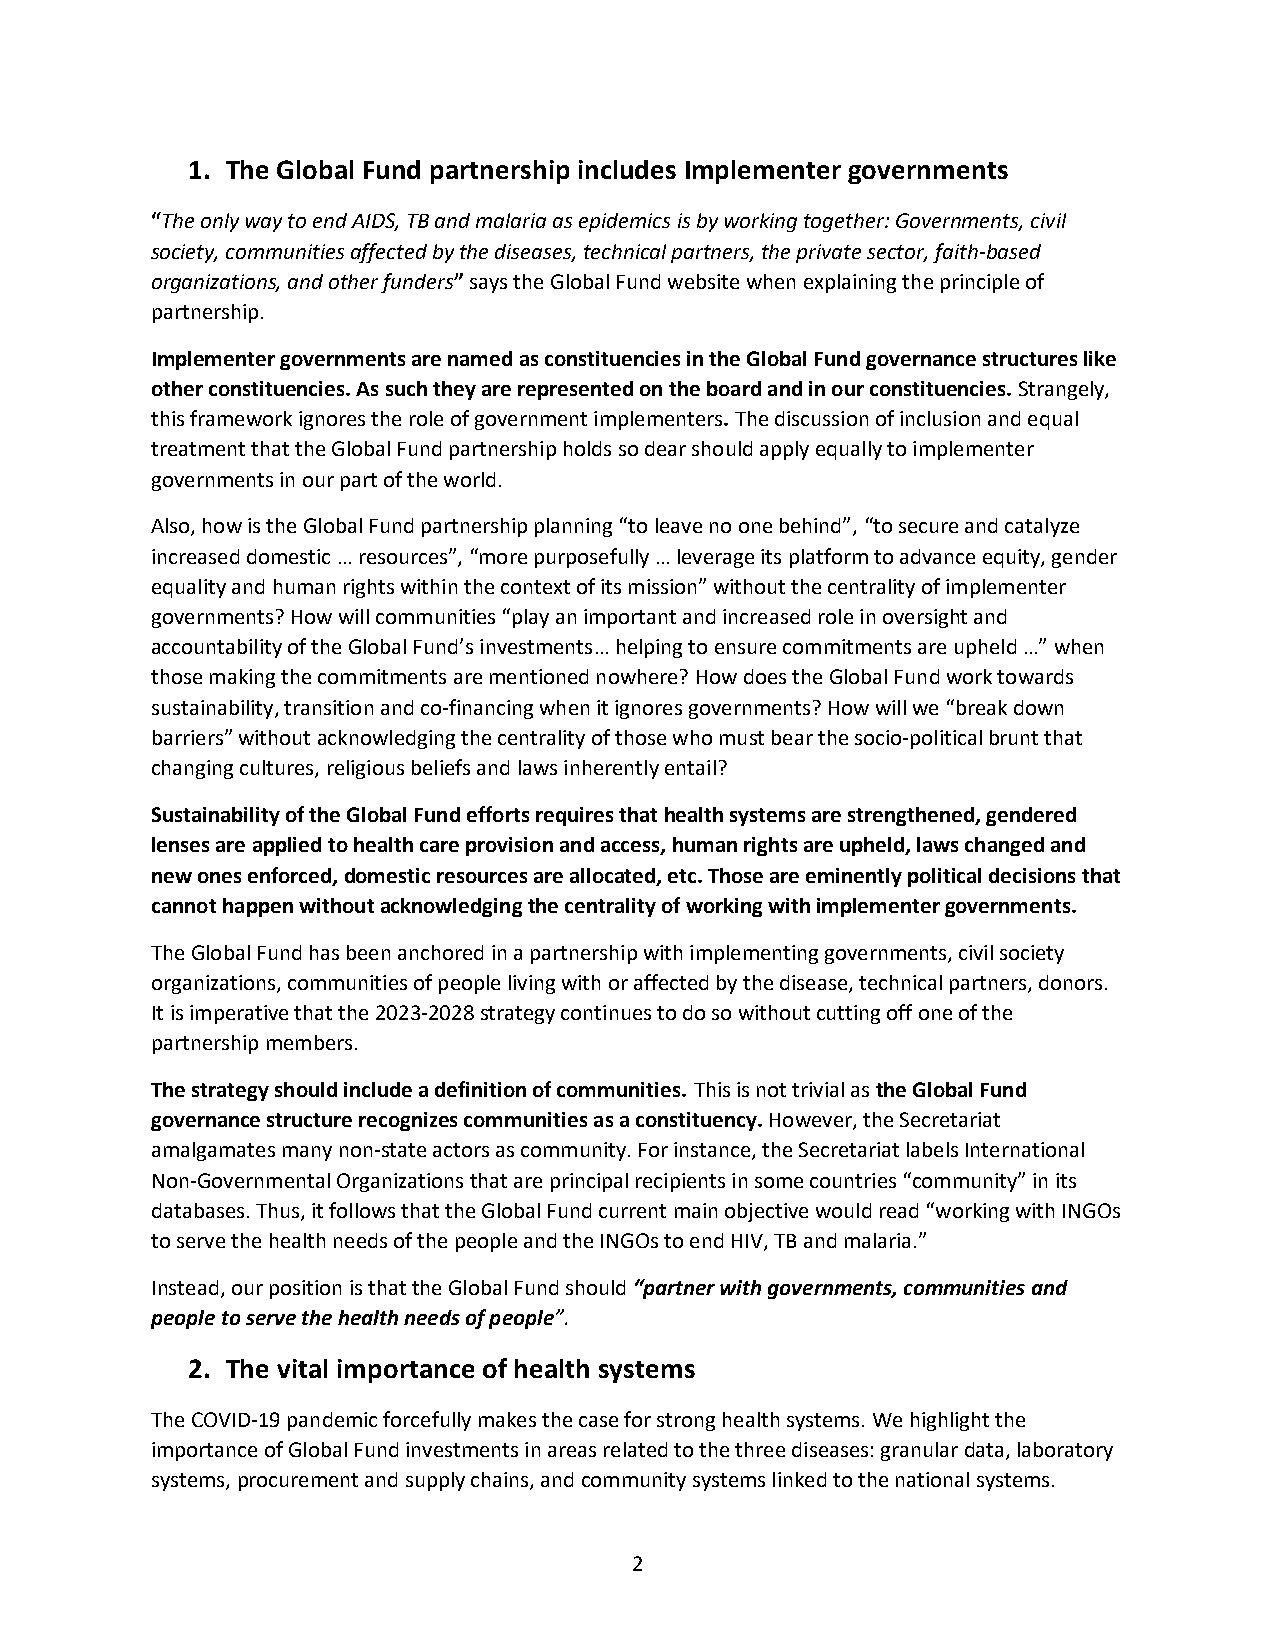
1. The Global Fund partnership includes Implementer governments
 “The only way to end AIDS, TB and malaria as epidemics is by working together: Governments, civil
 society, communities affected by the diseases, technical partners, the private sector, faith-based
 organizations, and other funders” says the Global Fund website when explaining the principle of
 partnership.
 Implementer governments are named as constituencies in the Global Fund governance structures like
 other constituencies. As such they are represented on the board and in our constituencies. Strangely,
 this framework ignores the role of government implementers. The discussion of inclusion and equal
 treatment that the Global Fund partnership holds so dear should apply equally to implementer
 governments in our part of the world.
 Also, how is the Global Fund partnership planning “to leave no one behind”, “to secure and catalyze
 increased domestic … resources”, “more purposefully … leverage its platform to advance equity, gender
 equality and human rights within the context of its mission” without the centrality of implementer
 governments? How will communities “play an important and increased role in oversight and
 accountability of the Global Fund’s investments… helping to ensure commitments are upheld …” when
 those making the commitments are mentioned nowhere? How does the Global Fund work towards
 sustainability, transition and co-financing when it ignores governments? How will we “break down
 barriers” without acknowledging the centrality of those who must bear the socio-political brunt that
 changing cultures, religious beliefs and laws inherently entail?
 Sustainability of the Global Fund efforts requires that health systems are strengthened, gendered
 lenses are applied to health care provision and access, human rights are upheld, laws changed and
 new ones enforced, domestic resources are allocated, etc. Those are eminently political decisions that
 cannot happen without acknowledging the centrality of working with implementer governments.
 The Global Fund has been anchored in a partnership with implementing governments, civil society
 organizations, communities of people living with or affected by the disease, technical partners, donors.
 It is imperative that the 2023-2028 strategy continues to do so without cutting off one of the
 partnership members.
 The strategy should include a definition of communities. This is not trivial as the Global Fund
 governance structure recognizes communities as a constituency. However, the Secretariat
 amalgamates many non-state actors as community. For instance, the Secretariat labels International
 Non-Governmental Organizations that are principal recipients in some countries “community” in its
 databases. Thus, it follows that the Global Fund current main objective would read “working with INGOs
 to serve the health needs of the people and the INGOs to end HIV, TB and malaria.”
 Instead, our position is that the Global Fund should “partner with governments, communities and
 people to serve the health needs of people”.
 2. The vital importance of health systems
 The COVID-19 pandemic forcefully makes the case for strong health systems. We highlight the
 importance of Global Fund investments in areas related to the three diseases: granular data, laboratory
 systems, procurement and supply chains, and community systems linked to the national systems.
 2